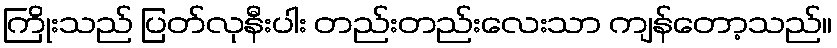
ကြိုးသည် ပြတ်လုနီးပါး တည်းတည်းလေးသာ ကျန်တော့သည်။